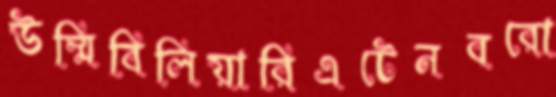
উম্মিবিলিয়ারিএটেনবরো